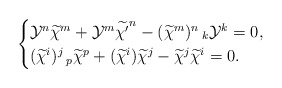
\begin{align*}\begin{cases}\mathcal{Y}^{n}\widetilde{\chi}^{m}+\mathcal{Y}^{m}\widetilde{\chi'}^{n}-(\widetilde{\chi}^{m})^{n}\,_{k}\mathcal{Y}^{k}=0,\cr(\widetilde{\chi}^{i})^{j}\,_{p}\widetilde{\chi}^{p}+(\widetilde{\chi}^{i})\widetilde{\chi}^{j}-\widetilde{\chi}^{j}\widetilde{\chi}^{i}=0.\end{cases}\end{align*}